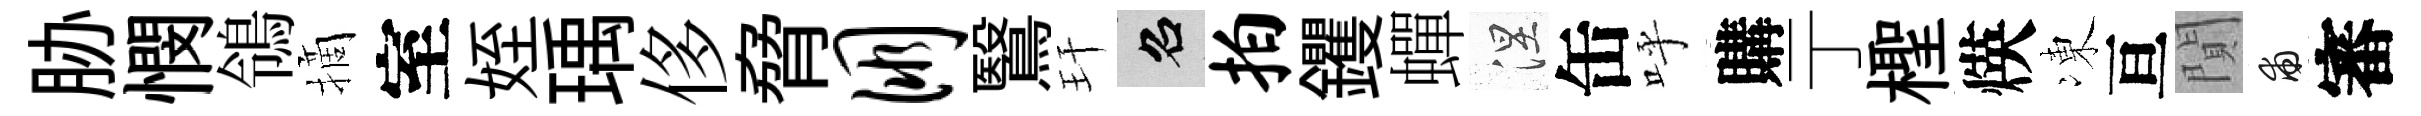
胁憫鴒摘室姪瑀侈脅朋鷖玕召拍钁蟬涅缶呼購亍檉煐凍亘閴甫審